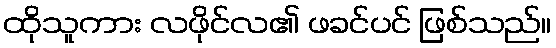
ထိုသူကား လဖိုင်လ၏ ဖခင်ပင် ဖြစ်သည်။